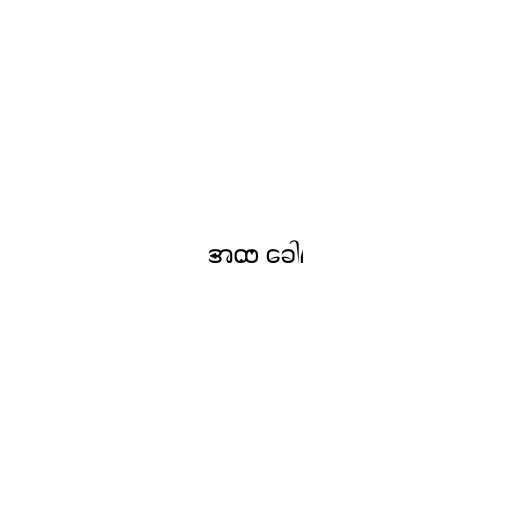
အထ ခေါ၊